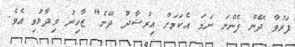
ފަރުވާ ދޭން ފެންނަ ނަމަ އެކަމަށް އިރުޝާދު ދޭނެ" ޒާހިރު ވިދާޅުވި އެވެ.